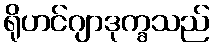
ရိုဟင်ဂျာဒုက္ခသည်